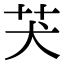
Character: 𦬫